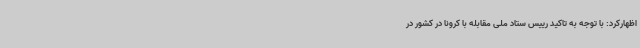
اظهارکرد: با توجه به تاکید رییس ستاد ملی مقابله با کرونا در کشور در